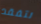
نتفقد